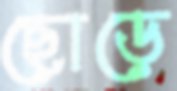
ছোড়ে